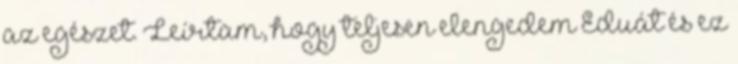
az egészet. Leírtam, hogy teljesen elengedem Eduát és ez